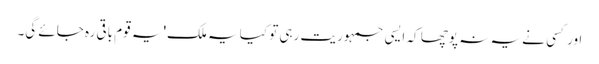
اور کسی نے یہ نہ پوچھا کہ ایسی جمہوریت رہی تو کیا یہ ملک' یہ قوم باقی رہ جائے گی۔